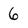
Character: 6